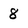
Character: 8